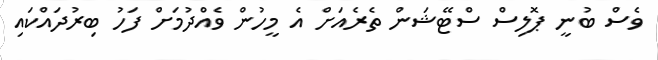
ވެސް ބުނީ ޕޮލިސް ސްޓޭޝަން ތެރެއަށް އެ މީހުން ވެެއްދުމަށް ފަހު ބިރުދައްކައި